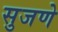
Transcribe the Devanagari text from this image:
सुजणे